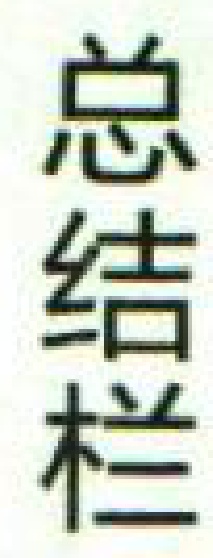
总结栏